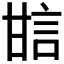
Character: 𤯆